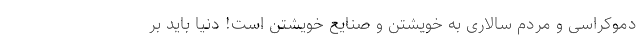
دموکراسی و مردم سالاری به خویشتن و صنایع خویشتن است! دنیا باید بر